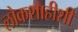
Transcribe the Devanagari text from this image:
लोकशाहीशी